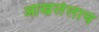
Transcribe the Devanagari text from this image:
आखलेलाच